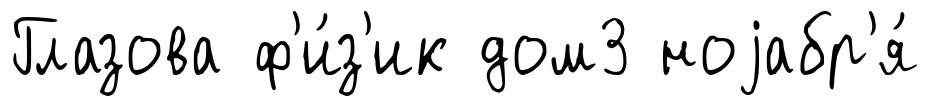
Глазова ф'и́з'ик дом3 ноjабр'я́